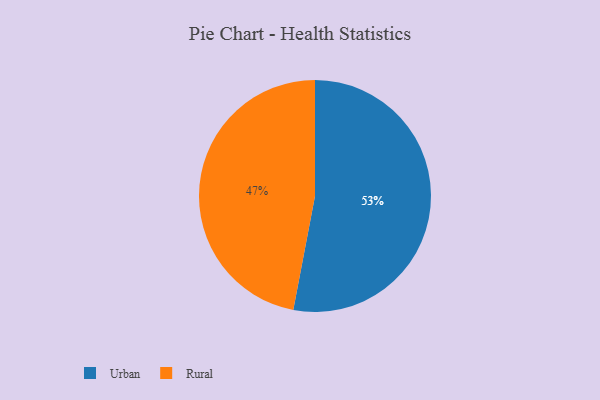
{"axis": {"x": "Category", "y": "Percentage"}, "legend": ["Rural", "Urban"], "data": [{"x": "Urban", "y": 53, "type": "Urban"}, {"x": "Rural", "y": 47, "type": "Rural"}]}